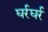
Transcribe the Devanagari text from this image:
घर्रघर्र